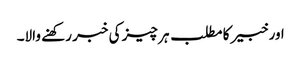
اور خبیر کا مطلب ہر چیز کی خبر رکھنے والا۔